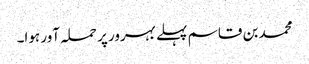
محمد بن قاسم پہلے بہرور پر حملہ آور ہوا۔